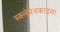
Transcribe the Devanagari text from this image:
स्क्लेरेनकाइमा